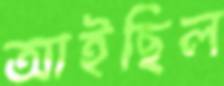
আইছিল